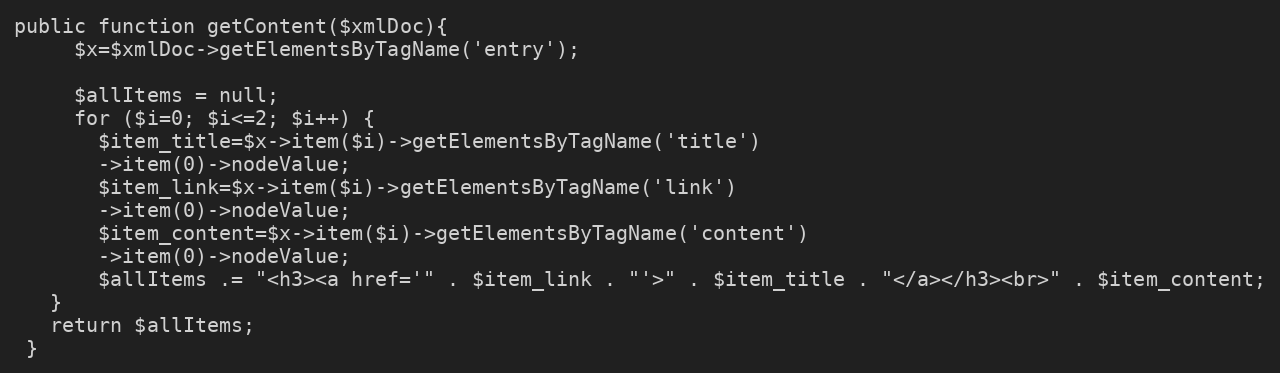
Language: PHP
public function getContent($xmlDoc){
     $x=$xmlDoc->getElementsByTagName('entry');

     $allItems = null;
     for ($i=0; $i<=2; $i++) {
       $item_title=$x->item($i)->getElementsByTagName('title')
       ->item(0)->nodeValue;
       $item_link=$x->item($i)->getElementsByTagName('link')
       ->item(0)->nodeValue;
       $item_content=$x->item($i)->getElementsByTagName('content')
       ->item(0)->nodeValue;
       $allItems .= "<h3><a href='" . $item_link . "'>" . $item_title . "</a></h3><br>" . $item_content;
   }
   return $allItems;
 }